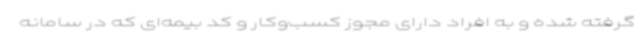
گرفته شده و به افراد دارای مجوز کسب‌وکار و کد بیمه‌ای که در سامانه